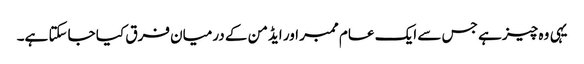
یہی وہ چیز ہے جس سے ایک عام ممبر اور ایڈمن کے درمیان فرق کیا جاسکتا ہے۔